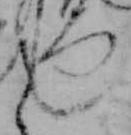
し